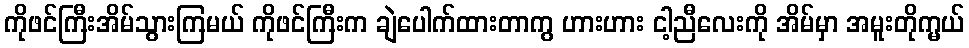
ကိုဖင်ကြီးအိမ်သွားကြမယ် ကိုဖင်ကြီးက ချဲပေါက်ထားတာကွ ဟားဟား ငါ့ညီလေးကို အိမ်မှာ အမူးတိုက္မယ်